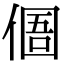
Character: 𠋼